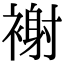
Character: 𧛼